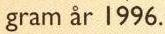
gram år 1996.